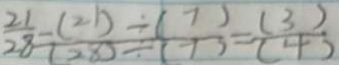
\frac { 2 1 } { 2 8 } - \frac { ( 2 1 ) \div ( 7 ) } { ( 2 8 ) \div ( 7 ) } = \frac { ( 3 ) } { ( 4 ) }